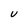
Character: U